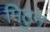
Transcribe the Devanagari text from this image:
मिठुन